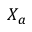
X _ { a }